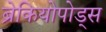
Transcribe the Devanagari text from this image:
ब्रेकियोपोड्स